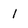
Character: 1